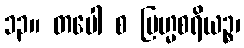
၁၃။ တပေါ စ ဗြဟ္မစရိယဉ္စ၊